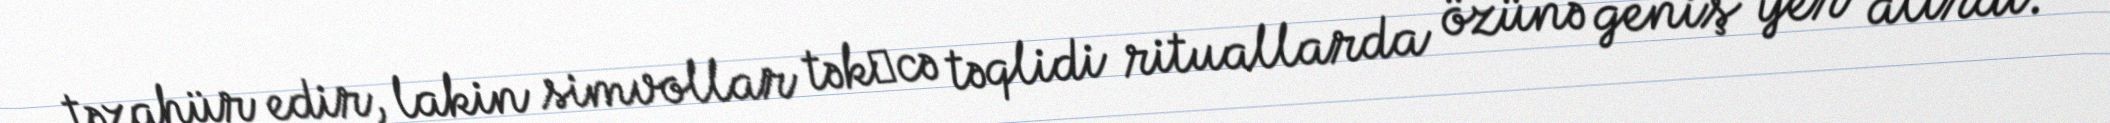
təzahür edir, lakin simvollar tək­cə təqlidi rituallarda özünə geniş yer alırdı.